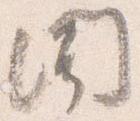
聞